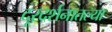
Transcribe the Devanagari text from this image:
दूरदर्शनातल्या